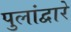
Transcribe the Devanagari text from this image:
पुलांद्वारे